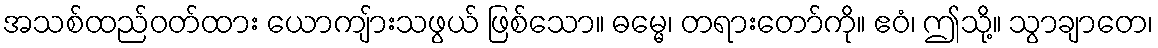
အသစ်ထည်ဝတ်ထား ယောကျ်ားသဖွယ် ဖြစ်သော။ ဓမ္မေ၊ တရားတော်ကို။ ဧဝံ၊ ဤသို့။ သွာချာတေ၊